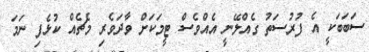
ސަބަބަކީ އެ ފުރުސަތު ގެއްލޭނީ އެއްވެސް ޓީމަކަށް ވާދަވެރި މެޗެއް ކުޅެފި ނަމަ